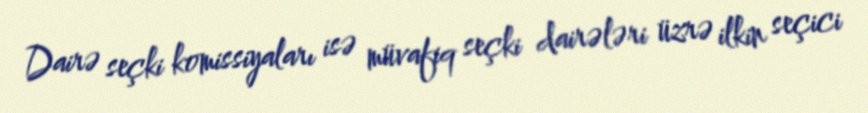
Dairə seçki komissiyaları isə müvafiq seçki dairələri üzrə ilkin seçici